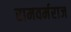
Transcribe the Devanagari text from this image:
रामवर्मराज